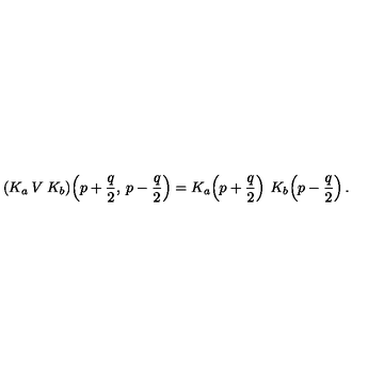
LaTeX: ( K _ { a } \: V \: K _ { b } ) \! \left( p + \frac { q } { 2 } , \: p - \frac { q } { 2 } \right) = K _ { a } \! \left( p + \frac { q } { 2 } \right) \: K _ { b } \! \left( p - \frac { q } { 2 } \right) .